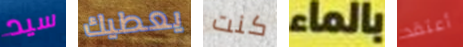
سيد يعطيك كنت بالماء أعتقد